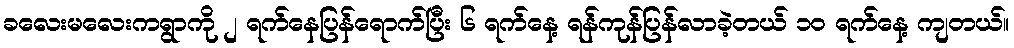
ခလေးမလေးကရွာကို ၂ ရက်နေပြန်ရောက်ပြီး ၆ ရက်နေ့ ရန်ကုန်ပြန်လာခဲ့တယ် ၁၀ ရက်နေ့ ကျတယ်။